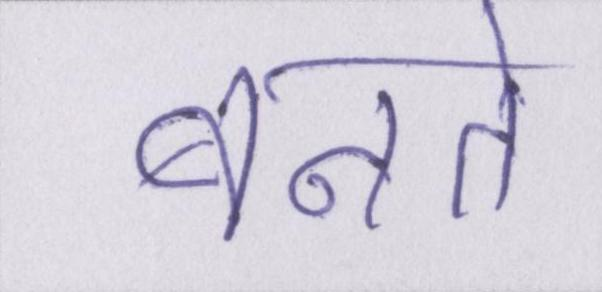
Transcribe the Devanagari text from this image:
बनते